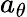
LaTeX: a_{\theta}